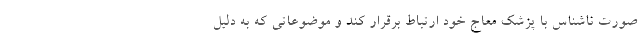
صورت ناشناس با پزشک معاج خود ارتباط برقرار کند و موضوعاتی که به دلیل